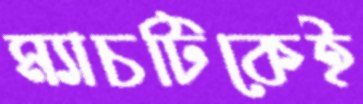
ম্যাচটিকেই